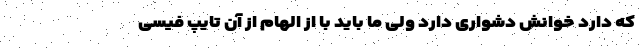
که دارد خوانش دشواری دارد ولی ما باید با از الهام از آن تایپ فیسی